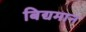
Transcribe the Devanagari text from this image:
बिद्यमान